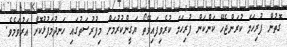
ގޮތުން ފުރިހަމަ ކުރަންޖެހޭ ކަންކަން ފުރިހަމަ ކުރެވިފައިވޭތޯ ޔަގީންކުރުމަށް މިފުރުސަތުގައި ހަނދުމަފުޅުކޮށް އަރުވަމެވެ.